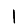
Digit: 1